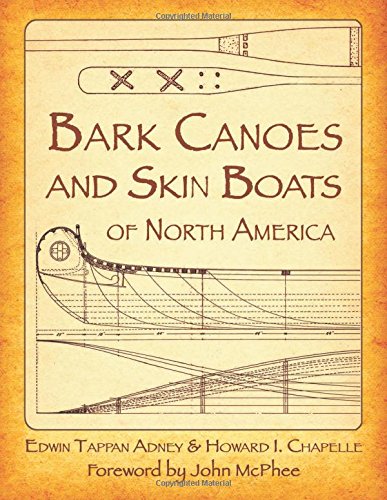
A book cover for Bark Canoes and Skin Boats of North America; Edwin Tappan Adney; Sports & Outdoors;